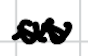
Text: as
Cross-out: wave
Writing tool: digital_black